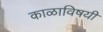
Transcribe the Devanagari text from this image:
काळाविषयी